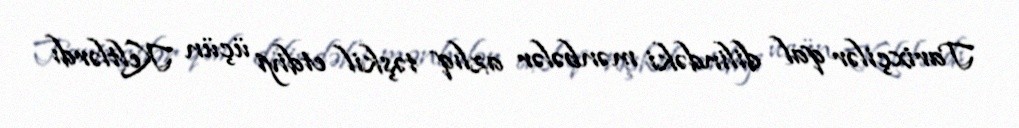
Tarixçilər qal dilindəki mənbələr azlıq təşkil etdiyi üçün Keltlərdı